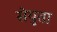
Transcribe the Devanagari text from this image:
सेयुता